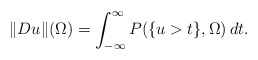
\begin{align*}\|Du\|(\Omega)=\int_{-\infty}^{\infty}P(\{u>t\},\Omega)\,dt.\end{align*}